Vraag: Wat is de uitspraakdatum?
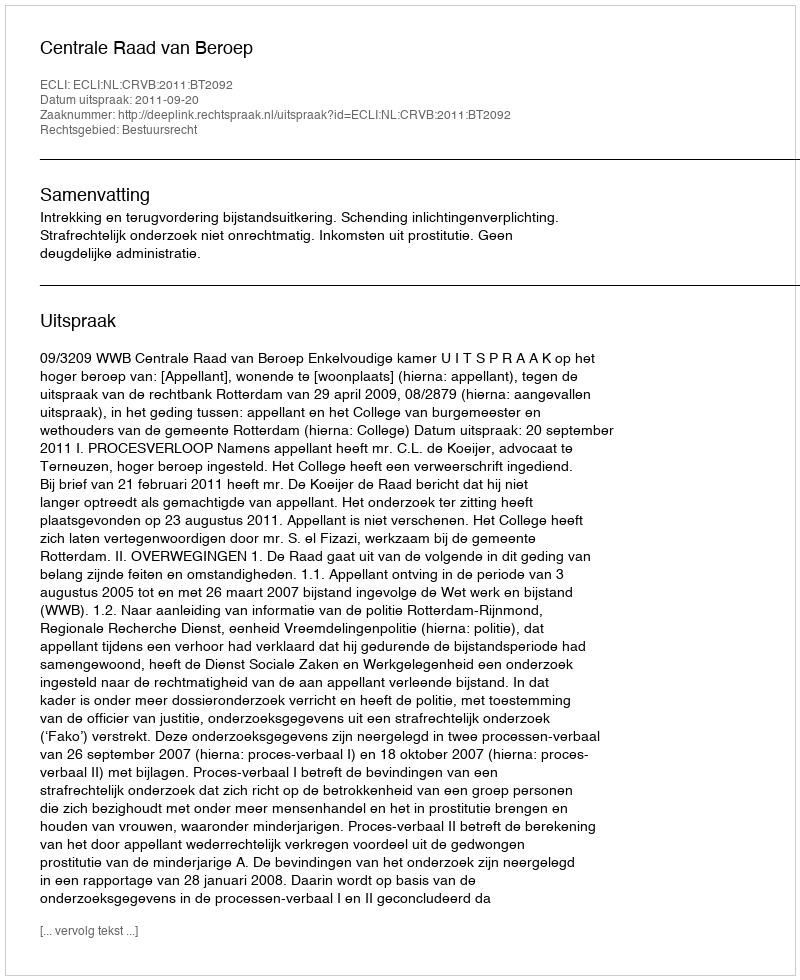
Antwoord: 2011-09-20